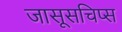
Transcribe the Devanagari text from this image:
जासूसचिप्स